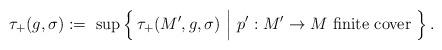
LaTeX: \begin{align*}\tau_+(g,\sigma):=\ \sup\Big\{\, \tau_+(M',g,\sigma)\ \Big |\ p':M'\rightarrow M \mbox{ finite cover }\Big\}\, .\end{align*}